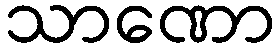
သာဏော